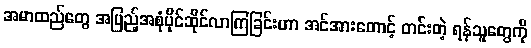
အမာထည်တွေ အပြည့်အစုံပိုင်ဆိုင်လာကြခြင်းဟာ အင်အားတောင့် တင်းတဲ့ ရန်သူတွေကို